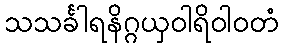
သသင်္ခါရနိဂ္ဂယှဝါရိဝါဝတံ